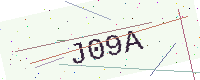
Text: J09A